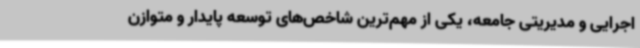
اجرایی و مدیریتی جامعه، یکی از مهم‌ترین شاخص‌های توسعه پایدار و متوازن